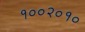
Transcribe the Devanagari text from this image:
१००२०१०